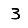
Digit: 3